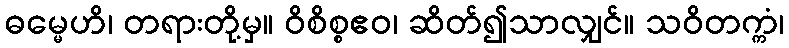
ဓမ္မေဟိ၊ တရားတို့မှ။ ဝိစိစ္စဧဝ၊ ဆိတ်၍သာလျှင်။ သဝိတက္ကံ၊